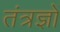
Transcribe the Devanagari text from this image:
तंत्रज्ञों